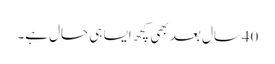
40سال بعد بھی کچھ ایسا ہی حال ہے۔